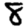
Digit: 8